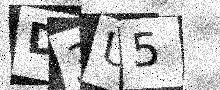
Text: D3U5